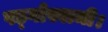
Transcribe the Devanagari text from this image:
षड्गोस्वामी।